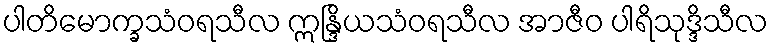
ပါတိမောက္ခသံဝရသီလ ဣန္ဒြိယသံဝရသီလ အာဇီဝ ပါရိသုဒ္ဒိသီလ